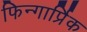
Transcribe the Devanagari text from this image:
फिन्गार्प्रिक